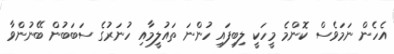
އެހެން ނަމަވެސް ކޮންމެ މީހަކީ ލިބިފައި ހުންނަ ތައުލީމާއި ހުނަރުގެ ސަބަބުން ބޭނުންވާ